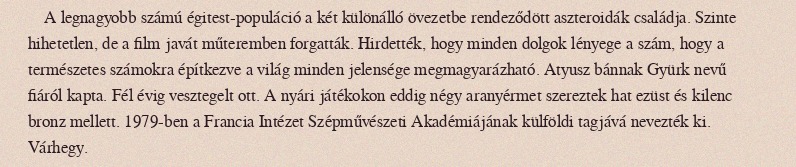
A legnagyobb számú égitest-populáció a két különálló övezetbe rendeződött aszteroidák családja. Szinte hihetetlen, de a film javát műteremben forgatták. Hirdették, hogy minden dolgok lényege a szám, hogy a természetes számokra építkezve a világ minden jelensége megmagyarázható. Atyusz bánnak Gyürk nevű fiáról kapta. Fél évig vesztegelt ott. A nyári játékokon eddig négy aranyérmet szereztek hat ezüst és kilenc bronz mellett. 1979-ben a Francia Intézet Szépművészeti Akadémiájának külföldi tagjává nevezték ki. Várhegy.